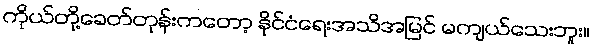
ကိုယ်တို့ခေတ်တုန်းကတော့ နိုင်ငံရေးအသိအမြင် မကျယ်သေးဘူး။